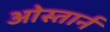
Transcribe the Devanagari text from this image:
ओस्तार्न